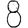
Digit: 8